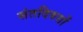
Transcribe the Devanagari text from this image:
संतदिवसों